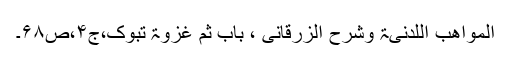
المواھب اللدنیۃ وشرح الزرقانی ، باب ثم غزوۃ تبوک،ج۴،ص۶۸۔